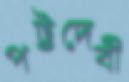
পট্টদেবী